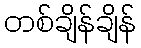
တစ်ချိန်ချိန်